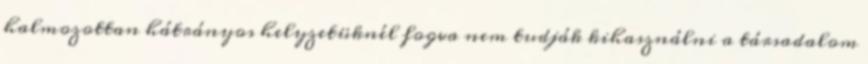
halmozottan hátrányos helyzetüknél fogva nem tudják kihasználni a társadalom